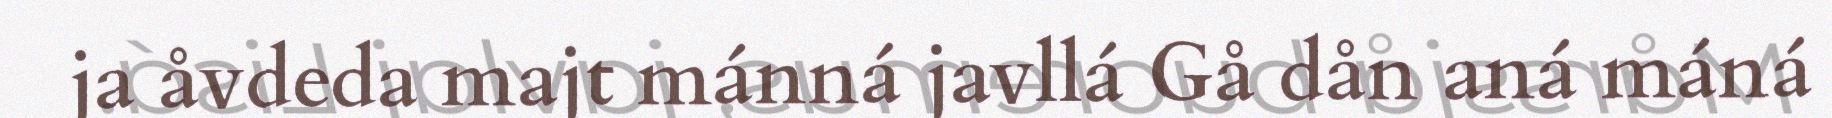
ja åvdeda majt mánná javllá Gå dån aná máná